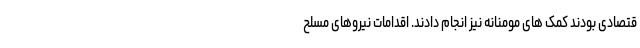
قتصادی بودند کمک های مومنانه نیز انجام دادند. اقدامات نیروهای مسلح